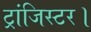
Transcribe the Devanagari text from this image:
ट्रांजिस्टर।